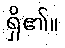
ရှိ၏။